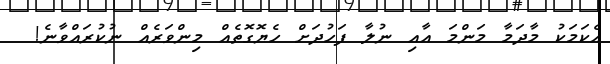
އެކަމަކު މާދަމާ މަންމަ އާއި ނުލާ ފަހުދަށް ހެޔޮގޮތެއް މިންވަރެއް ނުކުރައްވާނެ!